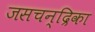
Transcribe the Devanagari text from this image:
जसचन्द्रिका